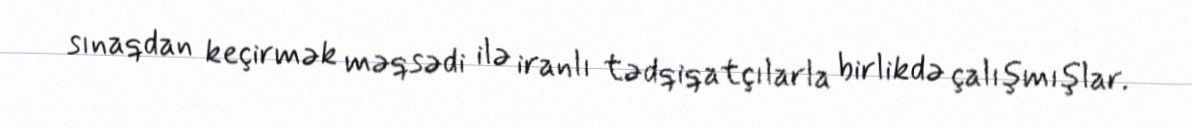
sınaqdan keçirmək məqsədi ilə iranlı tədqiqatçılarla birlikdə çalışmışlar.